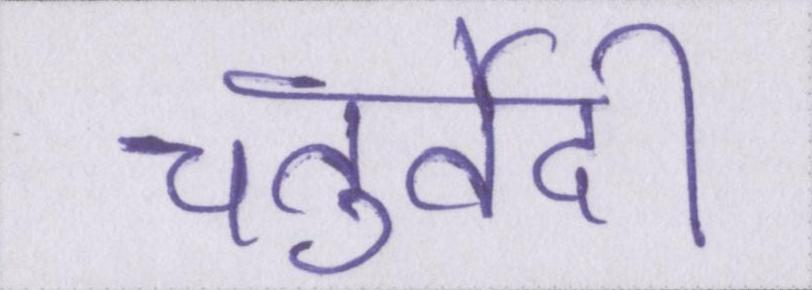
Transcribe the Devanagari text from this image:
चतुर्वेदी